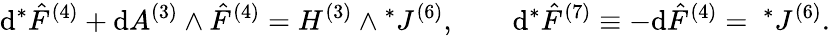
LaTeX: \mathrm{d}{}^{*}{\hat{{F}}}^{(4)}+\mathrm{d}A^{(3)}\wedge{\hat{{F}}}^{(4)}=H^{(3)}\wedge{}^{*}J^{(6)},\qquad\mathrm{d}{}^{*}{\hat{{F}}}^{(7)}\equiv-\mathrm{d}{\hat{{F}}}^{(4)}={~}^{*}J^{(6)}.